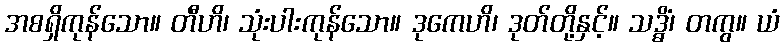
အစရှိကုန်သော။ တီဟိ၊ သုံးပါးကုန်သော။ ဒုကေဟိ၊ ဒုတ်တို့နှင့်။ သဒ္ဓိံ၊ တကွ။ ယံ